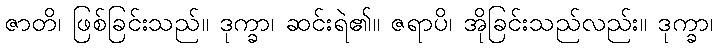
ဇာတိ၊ ဖြစ်ခြင်းသည်။ ဒုက္ခာ၊ ဆင်းရဲ၏။ ဇရာပိ၊ အိုခြင်းသည်လည်း။ ဒုက္ခာ၊